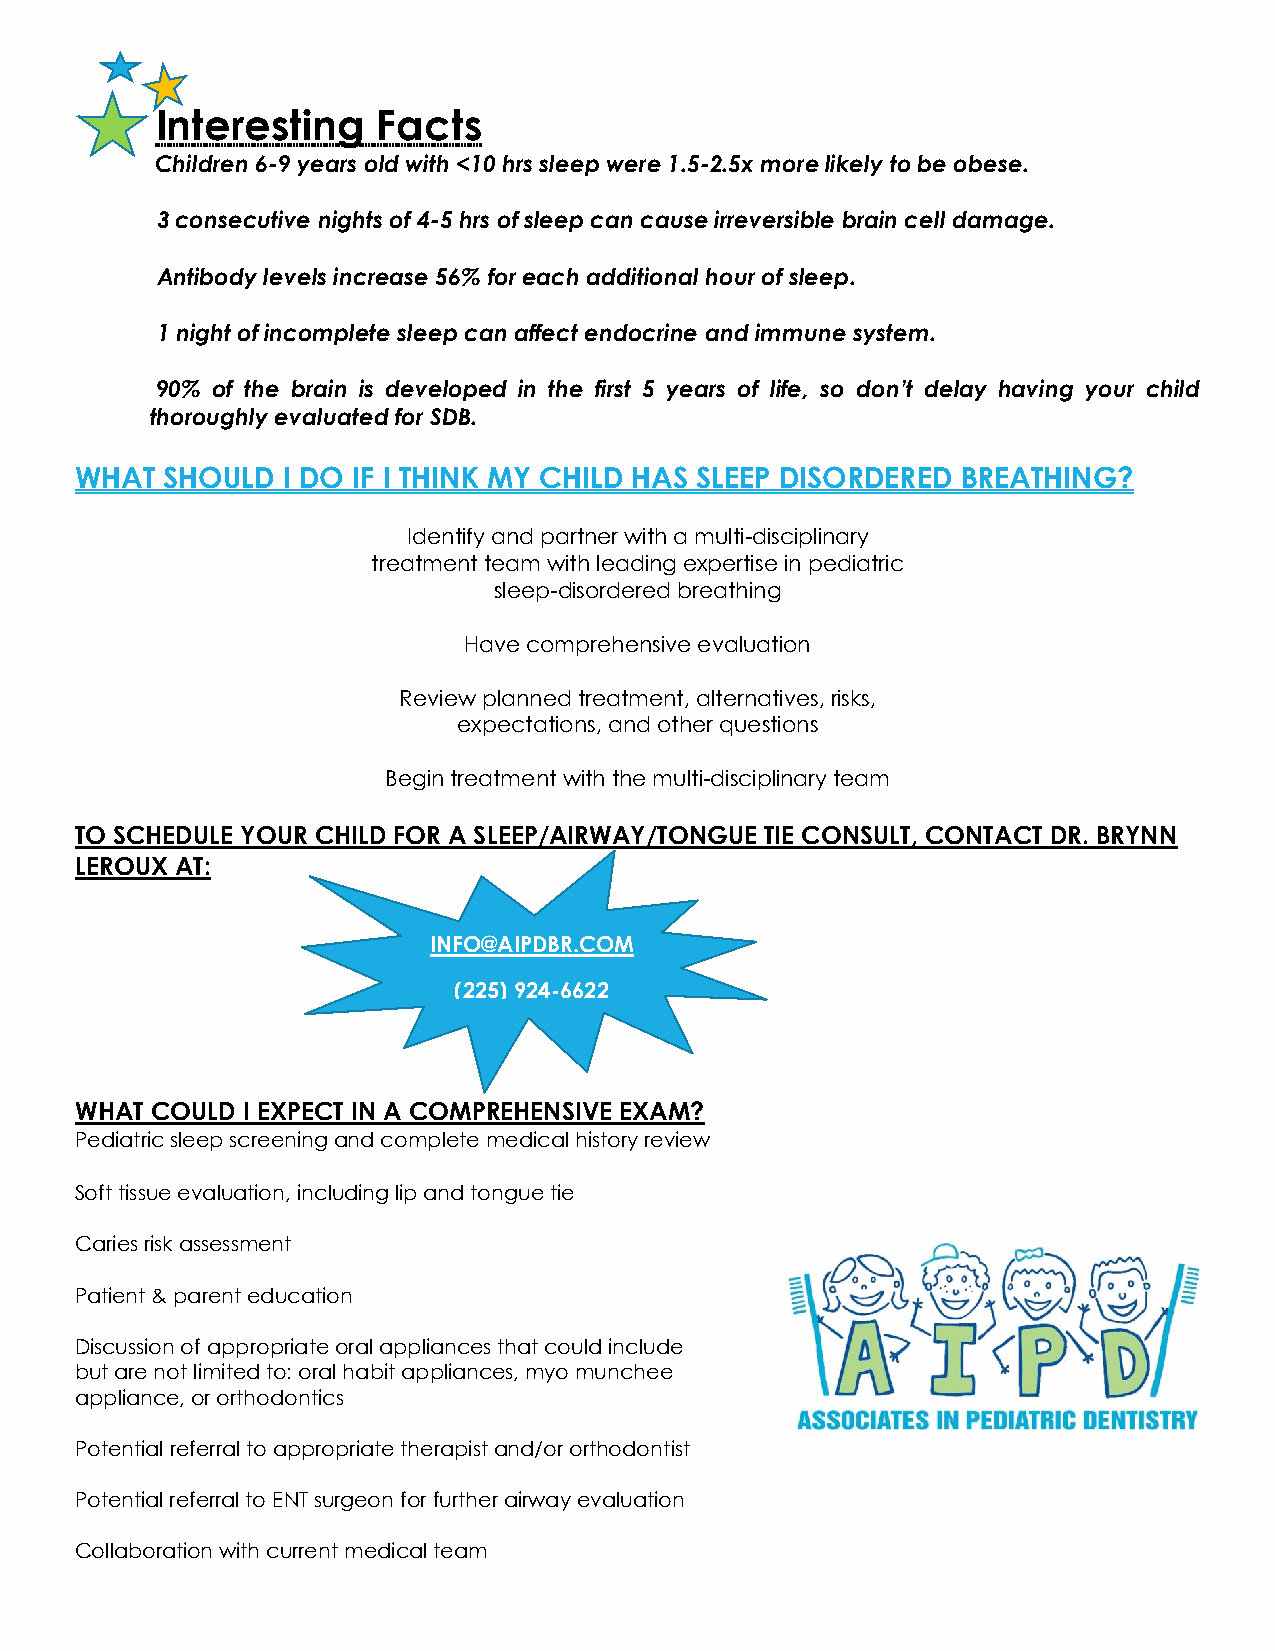
Interesting    Facts
 Children 6-9 years old with <10 hrs sleep were 1.5-2.5x more likely to be obese.
 3 consecutive nights of 4-5 hrs of sleep can cause irreversible brain cell damage.
 Antibody levels increase 56% for each additional hour of sleep.
 1 night of incomplete sleep can affect endocrine and immune system.
 90% of the brain is developed in the first 5 years of life, so don’t delay having your child
 thoroughly evaluated for SDB.
 WHAT  SHOULD  I DO IF I THINK MY CHILD HAS SLEEP DISORDERED BREATHING?
 Identify and partner with a multi-disciplinary
 treatment team with leading expertise in pediatric
 sleep-disordered breathing
 Have comprehensive evaluation
 Review planned treatment, alternatives, risks,
 expectations, and other questions
 Begin treatment with the multi-disciplinary team
 TO SCHEDULE YOUR CHILD FOR A SLEEP/AIRWAY/TONGUE TIE CONSULT, CONTACT DR. BRYNN
 LEROUX AT:
 INFO@AIPDBR.COM
 (225) 924-6622
 WHAT COULD I EXPECT IN A COMPREHENSIVE EXAM?
 Pediatric sleep screening and complete medical history review
 Soft tissue evaluation, including lip and tongue tie
 Caries risk assessment
 Patient & parent education
 Discussion of appropriate oral appliances that could include
 but are not limited to: oral habit appliances, myo munchee
 appliance, or orthodontics
 Potential referral to appropriate therapist and/or orthodontist
 Potential referral to ENT surgeon for further airway evaluation
 Collaboration with current medical team